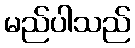
မည်ပါသည်